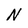
Character: N